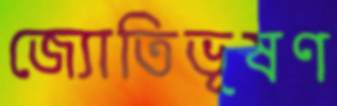
জ্যোতিভূষণ